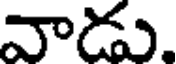
వాడు.